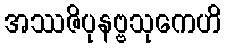
အဿဇိပုနဗ္ဗသုကေဟိ